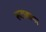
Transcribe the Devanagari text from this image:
रूटाबागा